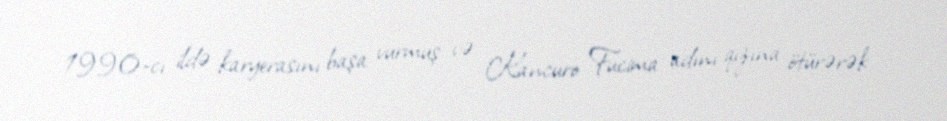
1990-cı ildə karyerasını başa vurmuş və Kancuro Fucima adını qızına ötürərək